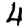
Digit: 4